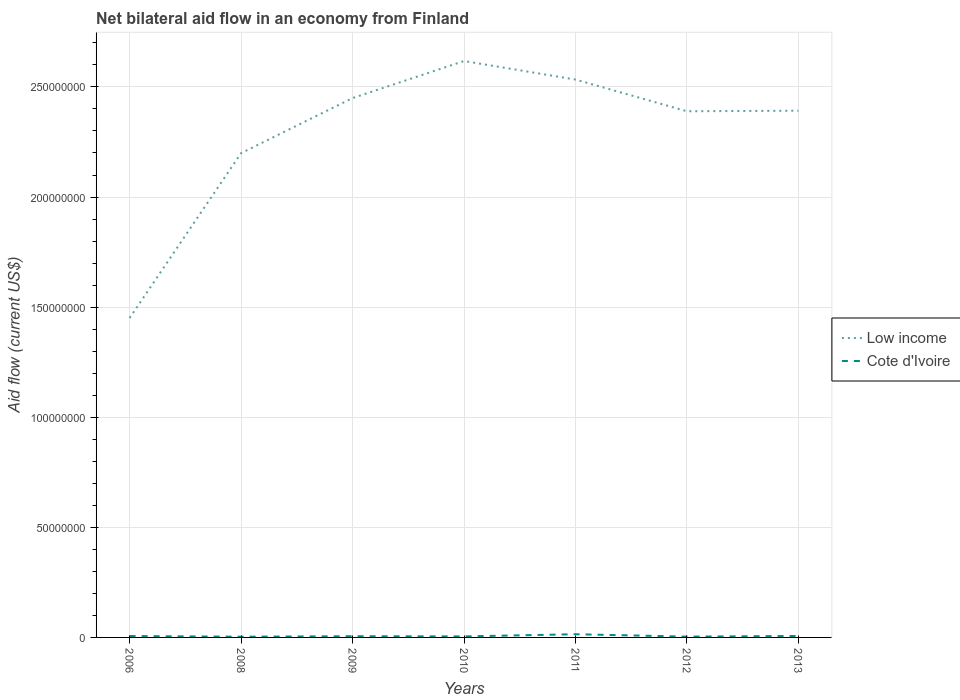
| Years | Low income | Cote d'Ivoire |
 | --- | --- | --- |
 | 2006 | 1.45e+08 | 6.3e+05 |
 | 2008 | 2.2e+08 | 3.2e+05 |
 | 2009 | 2.45e+08 | 5.5e+05 |
 | 2010 | 2.62e+08 | 4.6e+05 |
 | 2011 | 2.53e+08 | 1.45e+06 |
 | 2012 | 2.39e+08 | 3.7e+05 |
 | 2013 | 2.39e+08 | 6.6e+05 |